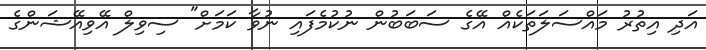
އަދި އިތުރު މައްސަލަތަކެއް އޭގެ ސަބަބުން ނުކުމެފައި ނުވާ ކަމަށް" ސިވިލް އޭވިއޭޝަންގެ